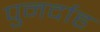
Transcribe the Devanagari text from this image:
पुनर्दाह